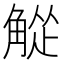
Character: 𬢘